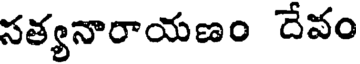
సత్యనారాయణం దేవం